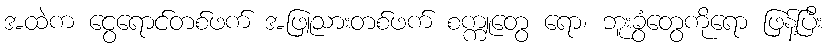
အထဲက ငွေရောင်တစ်ဖက် အဖြူသားတစ်ဖက် စက္ကူတွေ ရော၊ ဘူးခွံတွေကိုရော ဖြန့်ပြီး